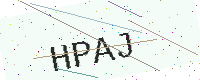
Text: HPAJ